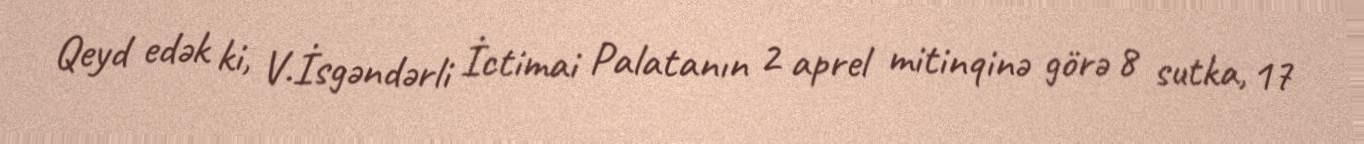
Qeyd edək ki, V.İsgəndərli İctimai Palatanın 2 aprel mitinqinə görə 8 sutka, 17